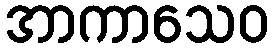
အာကာသေဝ